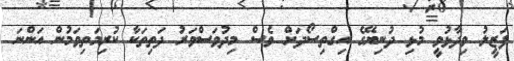
ފަޒީލު ވިދާޅުވީ މުޅި ދުނިޔޭގެ އިގްތިސޯދަށް ވެސް މިދުވަސްވަރު ދަތިތަކާ ކުރިމަތިވަމުން އަންނަ